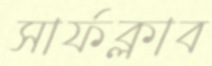
সার্ফক্লাব